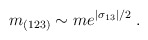
\begin{align*}m_{(123)}\sim me^{|\sigma _{13}|/2}\;. \end{align*}